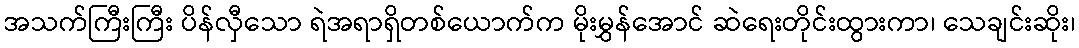
အသက်ကြီးကြီး ပိန်လှီသော ရဲအရာရှိတစ်ယောက်က မိုးမွှန်အောင် ဆဲရေးတိုင်းထွားကာ၊ သေချင်းဆိုး၊